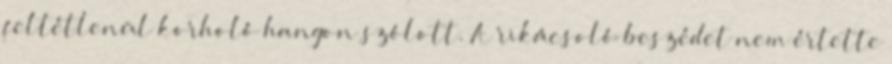
feltétlenül korholó hangon szólott. A rikácsoló beszédet nem értette